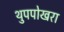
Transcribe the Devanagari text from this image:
थुपपोखरा